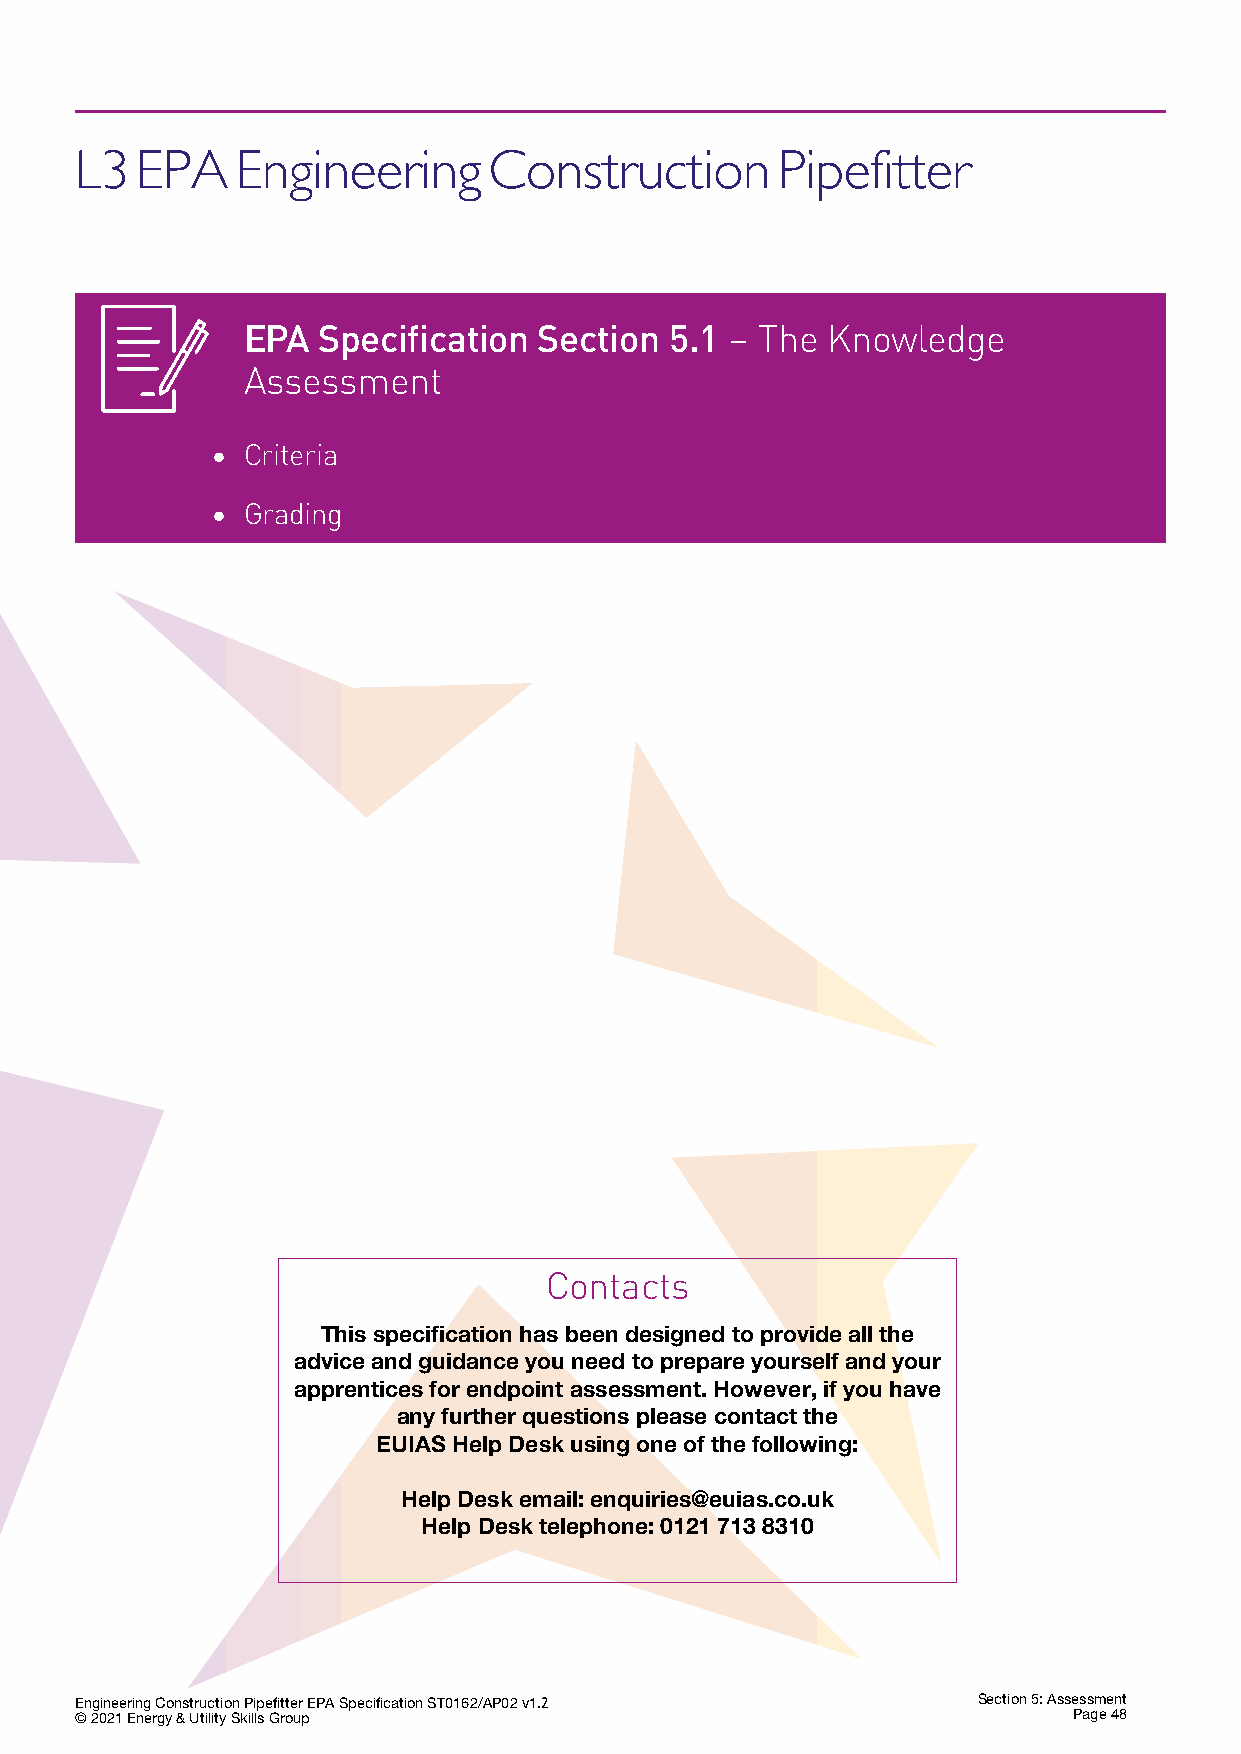
L3  EPA    Engineering     Construction       Pipefitter
 EPA  Specification  Section 5.1 – The  Knowledge
 Assessment
 • Criteria
 • Grading
 Contacts
 This specification has been designed to provide all the
 advice and guidance you need to prepare yourself and your
 apprentices for endpoint assessment. However, if you have
 any further questions please contact the
 EUIAS Help Desk using one of the following:
 Help Desk email: enquiries@euias.co.uk
 Help Desk telephone: 0121 713 8310
 Engineering Construction Pipefitter EPA Specification ST0162/AP02 v1.2 Section 5: Assessment
 © 2021 Energy & Utility Skills Group                              Page 48